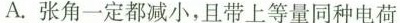
A.张角一定都减小，且带上等量同种电荷